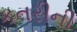
કતરીની